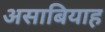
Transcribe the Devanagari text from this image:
असाबियाह